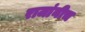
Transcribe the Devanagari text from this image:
राजांनीच